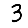
Digit: 3